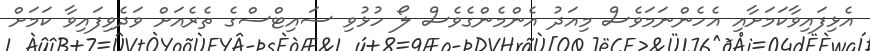
އެޅިފައިވާކަމަށާއި އެހެންނަމަވެސް މިއަދު އެންމެންގެވެސް ލޯ ހުޅުވި ސައިޓްސްގެ ތެރެއަށް ވަދެވިފައިވާ ކަމަށް